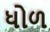
ધોળ